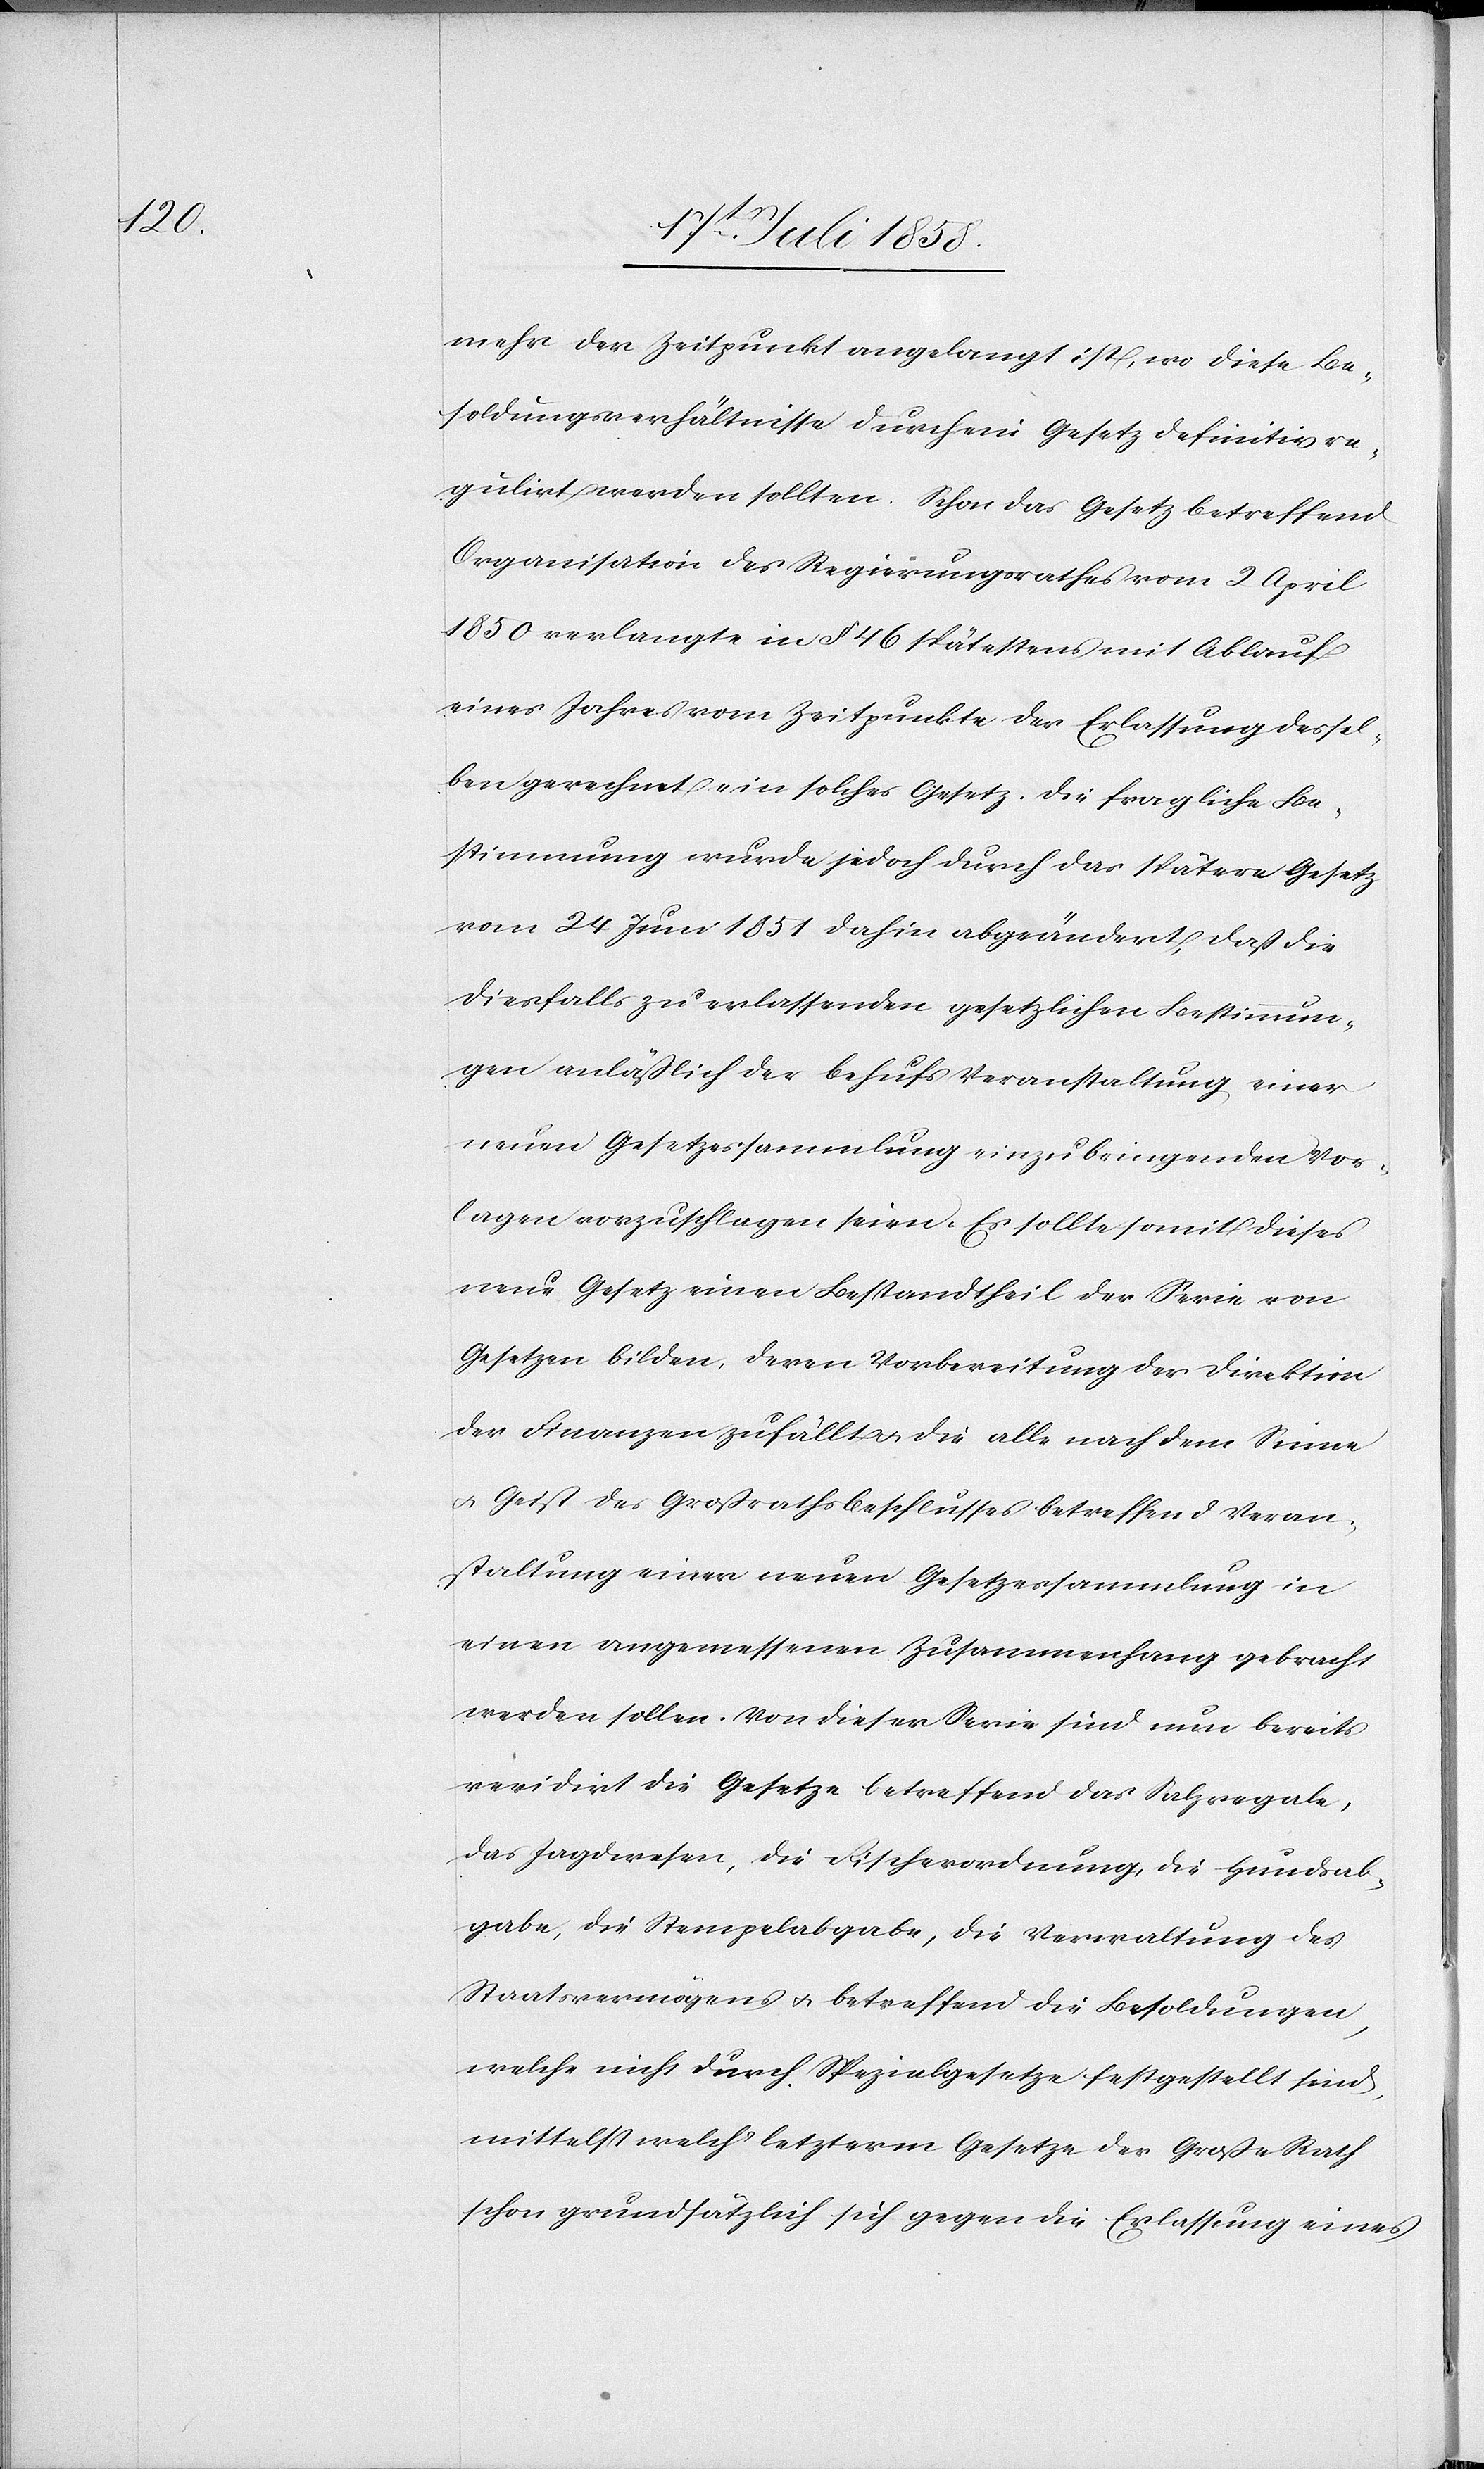
mehr der Zeitpunkt angelangt ist, wo diese Be¬
soldungsverhältnisse durch ein Gesetz definitiv re¬
gulirt werden sollten. Schon das Gesetz betreffend
Organisation des Regierungsrathes vom 2 April
1850 verlangte in § 46 spätestens mit Ablauf
eines Jahres vom Zeitpunkte der Erlassung dessel¬
ben gerechnet ein solches Gesetz. Die fragliche Be¬
stimmung wurde jedoch durch das spätere Gesetz
vom 24 Juni 1851 dahin abgeändert, daß die
diesfalls zu erlassenden gesetzlichen Bestimmun¬
gen anläßlich der behufs Veranstaltung einer
neuen Gesetzessammlung einzubringenden Vor¬
lagen vorzuschlagen seien. Es sollte somit dieses
neue Gesetz einen Bestandtheil der Serie von
Gesetzen bilden, deren Vorbereitung der Direktion
der Finanzen zufällt & die alle nach dem Sinne
& Geist des Großrathsbeschlusses betreffend Veran¬
staltung einer neuen Gesetzessammlung in
einen angemessenen Zusammenhang gebracht
werden sollen. Von dieser Serie sind nun bereits
revidirt die Gesetze betreffend das Salzregale,
das Jagdwesen, die Fischerordnung, die Hundsab¬
gabe, die Stempelabgabe, die Verwaltung des
Staatsvermögens & betreffend die Besoldungen,
welche nicht durch Spezialgesetze festgestellt sind,
mittelst welch‘ letzterm Gesetze der Große Rath
schon grundsätzlich sich gegen die Erlassung eines